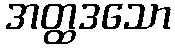
အတ္ထဒသော